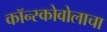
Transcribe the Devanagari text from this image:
कॉन्स्कोवोलाचा